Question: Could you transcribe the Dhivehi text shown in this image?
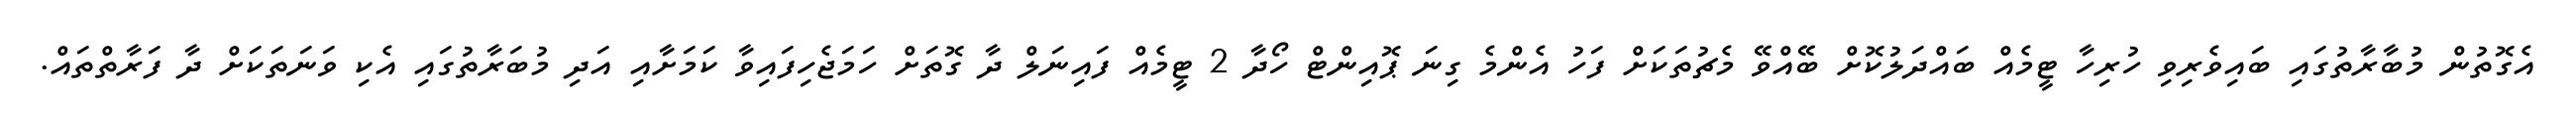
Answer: އެގޮތުން މުބާރާތުގައި ބައިވެރިވި ހުރިހާ ޓީމެއް ބައްދަލުކޮށް ބޭއްވޭ މެޗުތަކަށް ފަހު އެންމެ ގިނަ ޕޮއިންޓް ހޯދާ 2 ޓީމެއް ފައިނަލް ދާ ގޮތަށް ހަމަޖެހިފައިވާ ކަމަށާއި އަދި މުބަރާތުގައި އެކި ވަނަތަކަށް ދާ ފަރާތްތައް.